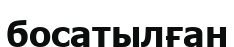
босатылған